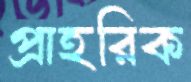
প্রাহরিক